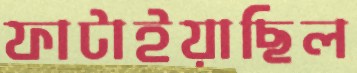
ফাটাইয়াছিল